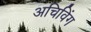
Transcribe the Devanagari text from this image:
अचिविंग